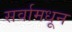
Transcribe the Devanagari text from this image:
सर्वामधून